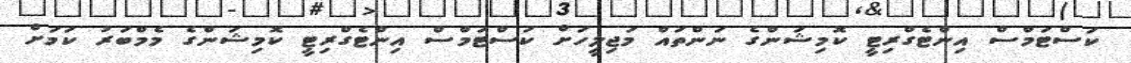
ކަސްޓަމްސް އިންޓެގްރިޓީ ކޮމިޝަންގެ ނަންތައް މަޖިލީހަށް ކަސްޓަމްސް އިންޓެގްރިޓީ ކޮމިޝަންގެ މެމްބަރު ކަމަށް